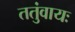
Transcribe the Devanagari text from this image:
ततुंवायः